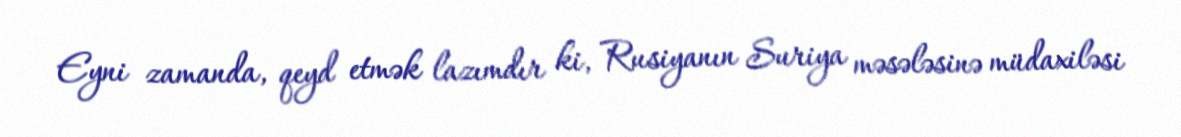
Eyni zamanda, qeyd etmək lazımdır ki, Rusiyanın Suriya məsələsinə müdaxiləsi